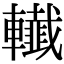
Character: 𨏓